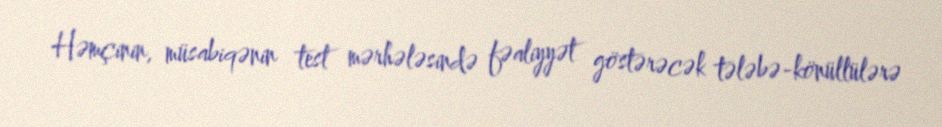
Həmçinin, müsabiqənin test mərhələsində fəaliyyət göstərəcək tələbə-könüllülərə